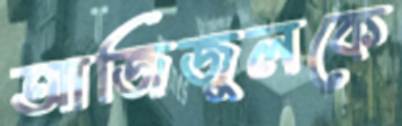
আজিজুলকে